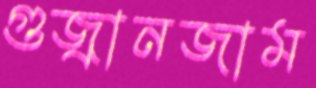
গুজ্‌রানজাম